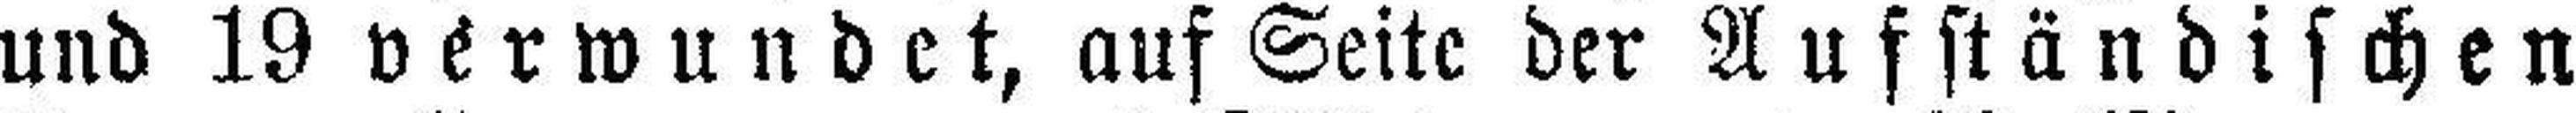
und 19 verwundet, auf Seite der Aufständischen